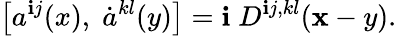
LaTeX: \left[a^{\mathbf{i}j}(x),\; \dot{{a}}^{kl}(y)\right]=\mathbf{i}\; D^{\mathbf{i}j,kl}({\mathbf{x}-y}).